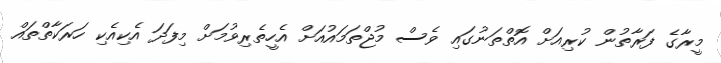
މީރާގެ ފަރާތުން ކުރިއަށް އޮތްތަނުގައި ވެސް މުޖްތަމައުއަށް އެހީތެރިވުމަށް މިފަދަ އެކިއެކި ހަރަކާތްތައް